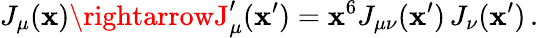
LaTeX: J_{\mu}(\mathbf{x})\rightarrowJ_{\mu}^{\prime}(\mathbf{x}^{\prime})=\mathbf{x}^{6}J_{\mu\nu}(\mathbf{x}^{\prime})\, J_{\nu}(\mathbf{x}^{\prime})\, .